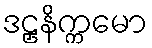
ဒဠှနိက္ကမော